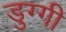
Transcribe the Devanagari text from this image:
डुग्गी